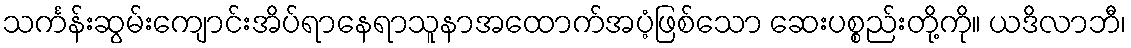
သင်္ကန်းဆွမ်းကျောင်းအိပ်ရာနေရာသူနာအထောက်အပံ့ဖြစ်သော ဆေးပစ္စည်းတို့ကို။ ယဒိလာဘီ၊